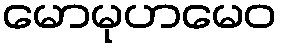
မောမုဟမေဝ